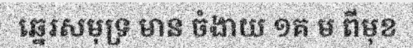
ឆ្នេរសមុទ្រ មាន ចំងាយ ១គ ម ពីមុខ